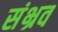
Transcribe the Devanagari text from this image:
संभ्रव